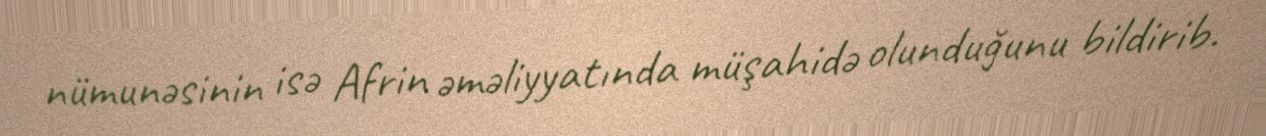
nümunəsinin isə Afrin əməliyyatında müşahidə olunduğunu bildirib.